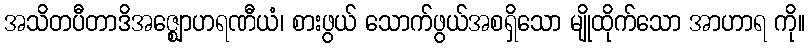
အသိတပီတာဒိအဇ္ဈောဟရဏီယံ၊ စားဖွယ် သောက်ဖွယ်အစရှိသော မျိုထိုက်သော အာဟာရ ကို။